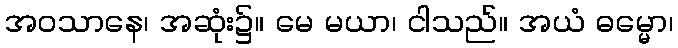
အဝသာနေ၊ အဆုံး၌။ မေ မယာ၊ ငါသည်။ အယံ ဓမ္မော၊